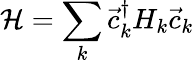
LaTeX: \mathcal{H}=\sum_{k}\vec{c}_{k}^{\dagger}H_{k}\vec{c}_{k}